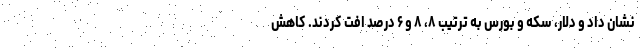
نشان داد و دلار، سکه و بورس به ترتیب ۸، ۸ و ۶ درصد افت کردند. کاهش